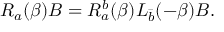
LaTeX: R _ { a } ( \beta ) B = R _ { a } ^ { b } ( \beta ) L _ { \bar { b } } ( - \beta ) B .